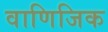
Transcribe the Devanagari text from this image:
वाणिजिक